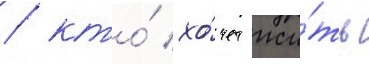
/ кто́ хо́чет жи́ть